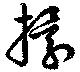
擐